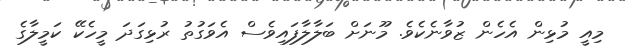
މިއީ މުޅިން އެހެން ޒުވާނެކެވެ. މޫނަށް ބަލާލާފައިވެސް އެވަގުތު ރުޅިގަދަ މީހެކޭ ކަމީލާގެ